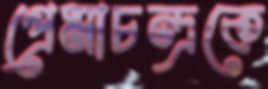
প্রেমাচন্দ্রকে